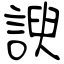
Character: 諛